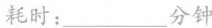
耗时：___分钟